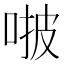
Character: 𠵿